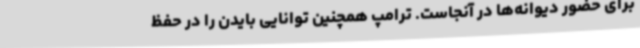
برای حضور دیوانه‌ها در آنجاست. ترامپ همچنین توانایی بایدن را در حفظ